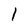
Character: 1